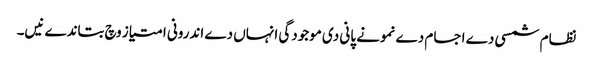
نظام شمسی دے اجسام دے نمونے پانی دی موجودگی انہاں دے اندرونی امتیاز وچ بتاندے نیں۔